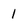
Character: 1